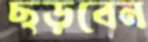
ছড়বেন